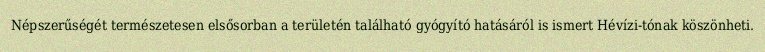
Népszerűségét természetesen elsősorban a területén található gyógyító hatásáról is ismert Hévízi-tónak köszönheti.